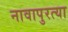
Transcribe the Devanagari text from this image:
नावापुरत्या